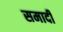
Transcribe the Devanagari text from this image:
समादी